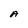
Character: A